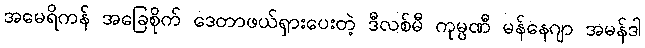
အမေရိကန် အခြေစိုက် ဒေတာဖယ်ရှားပေးတဲ့ ဒီလစ်မီ ကုမ္ပဏီ မန်နေဂျာ အမန်ဒါ